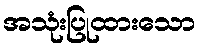
အသုံးပြုထားသော